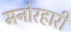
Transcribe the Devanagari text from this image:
मनोरहारी